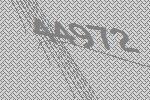
44972